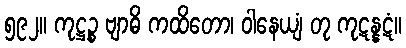
၅၉၂။ ကုဋ္ဌဉ္စ ဗျာဓိ ကထိတော၊ ဝါနေယျံ တု ကုဋန္နဋံ။